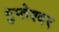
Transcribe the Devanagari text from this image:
गुप्‍तेश्‍वर